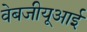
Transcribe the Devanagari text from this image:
वेबजीयूआई